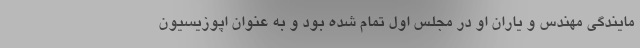
مایندگی مهندس و یاران او در مجلس اول تمام شده بود و به عنوان اپوزیسیون